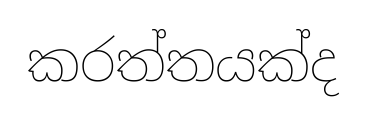
කරත්තයක්ද